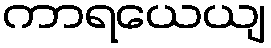
ကာရယေယျ